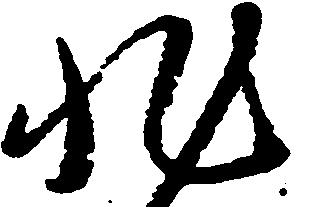
非